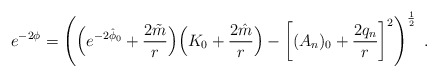
\begin{align*}e^{-2\phi}= \left(\Bigl(e^{-2\hat \phi_0} + {2\tilde m\over r}\Bigr)\Bigl(K_0+ {2\hat m \over r}\Bigr) -\left[(A_n)_0 + {2 q_n \over r}\right ]^2\right)^{1\over2} \ .\end{align*}